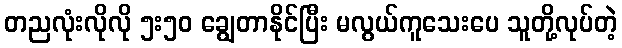
တညလုံးလိုလို ၅း၅၀ ချွေတာနိုင်ပြီး မလွယ်ကူသေးပေ သူတို့လုပ်တဲ့